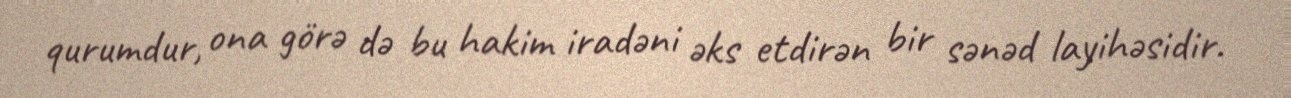
qurumdur, ona görə də bu hakim iradəni əks etdirən bir sənəd layihəsidir.